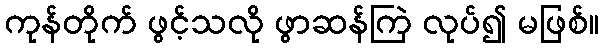
ကုန်တိုက် ဖွင့်သလို ဖွာဆန်ကြဲ လုပ်၍ မဖြစ်။